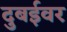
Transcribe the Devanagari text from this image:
दुबईवर